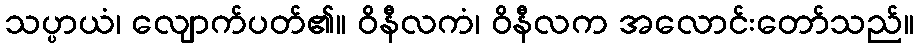
သပ္ပာယံ၊ လျောက်ပတ်၏။ ဝိနီလကံ၊ ဝိနီလက အလောင်းတော်သည်။